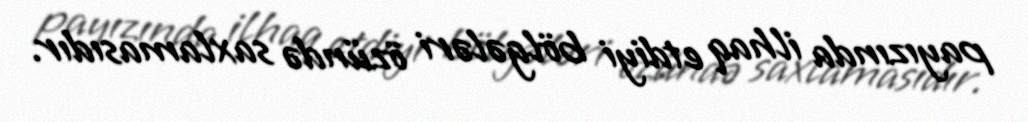
payızında ilhaq etdiyi bölgələri özündə saxlamasıdır.